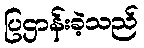
ပြဌာန်းခဲ့သည်